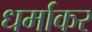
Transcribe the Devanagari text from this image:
धर्माकर